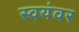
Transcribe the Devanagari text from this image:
स्‍वयंवर